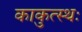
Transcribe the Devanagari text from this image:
काकुत्स्थः